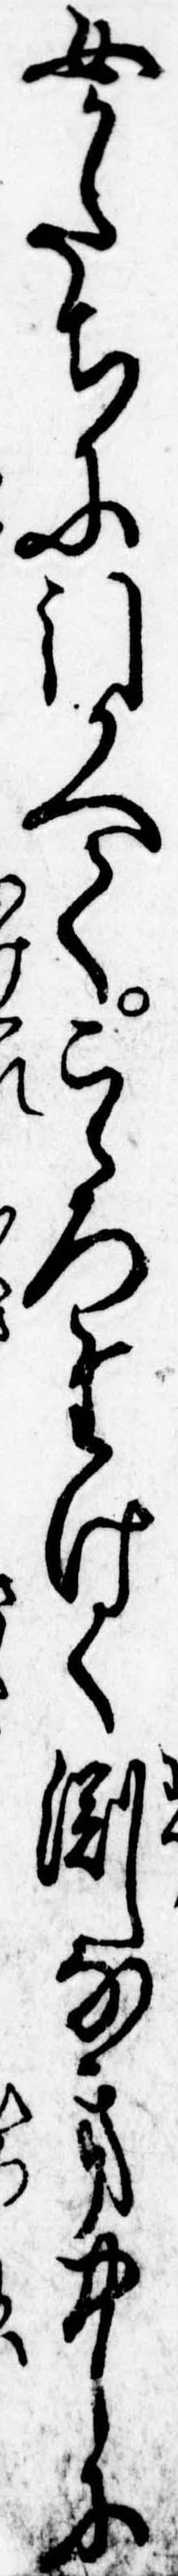
女かたちに引かへてこゝろたけく割なき中に